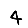
Digit: 4